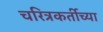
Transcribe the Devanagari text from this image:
चरित्रकर्तीच्या